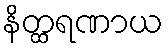
နိတ္ထရဏာယ